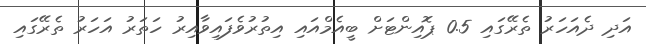
އަދި ދެއަހަރު ތެރޭގައި 0.5 ޕޮއިންޓަށް ބީއެމްއައި އިތުރުވެފައިވާއިރު ހަތަރު އަހަރު ތެރޭގައި